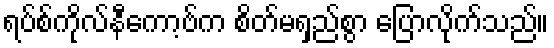
ရပ်စ်ကိုလ်နီကော့ဗ်က စိတ်မရှည်စွာ ပြောလိုက်သည်။